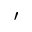
'